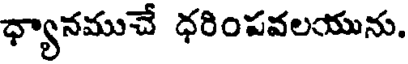
ధ్యానముచే ధరింపవలయును.